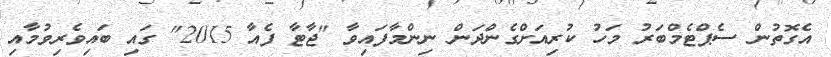
އެގޮތުން ސެޕްޓެމްބަރު މަހު ކުރިއަށްގެންދަން ނިންމާފައިވާ "ޖާޓާ ފެއާ 2015" ގައި ބައިވެރިވުމާއި